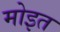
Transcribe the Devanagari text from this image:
मोइत